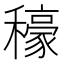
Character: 𮃳